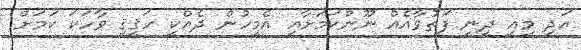
އަދި މިއީ ދީނީ ފަތުވާއެއް ނޫންކަމަށާއި އެމީހުން ދެއްކީ ހަޤީޤީ ވާހަކަ ކަމަށް